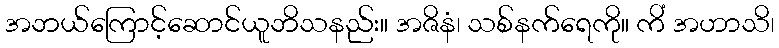
အဘယ်ကြောင့်ဆောင်ယူဘိသနည်း။ အဇိနံ၊ သစ်နက်ရေကို။ ကိံ အဟာသိ၊